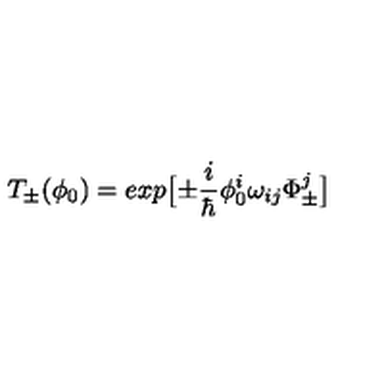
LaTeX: T _ { \pm } ( \phi _ { 0 } ) = e x p \bigl [ \pm \frac { i } { \hbar } \phi _ { 0 } ^ { i } \omega _ { i j } \Phi _ { \pm } ^ { j } \bigr ]